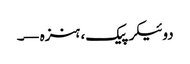
دوئیکر پیک، ہنزہ—۔